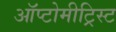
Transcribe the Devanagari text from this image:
ऑप्टोमीट्रिस्ट